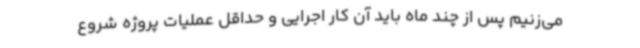
می‌زنیم پس از چند ماه باید آن کار اجرایی و حداقل عملیات پروژه شروع